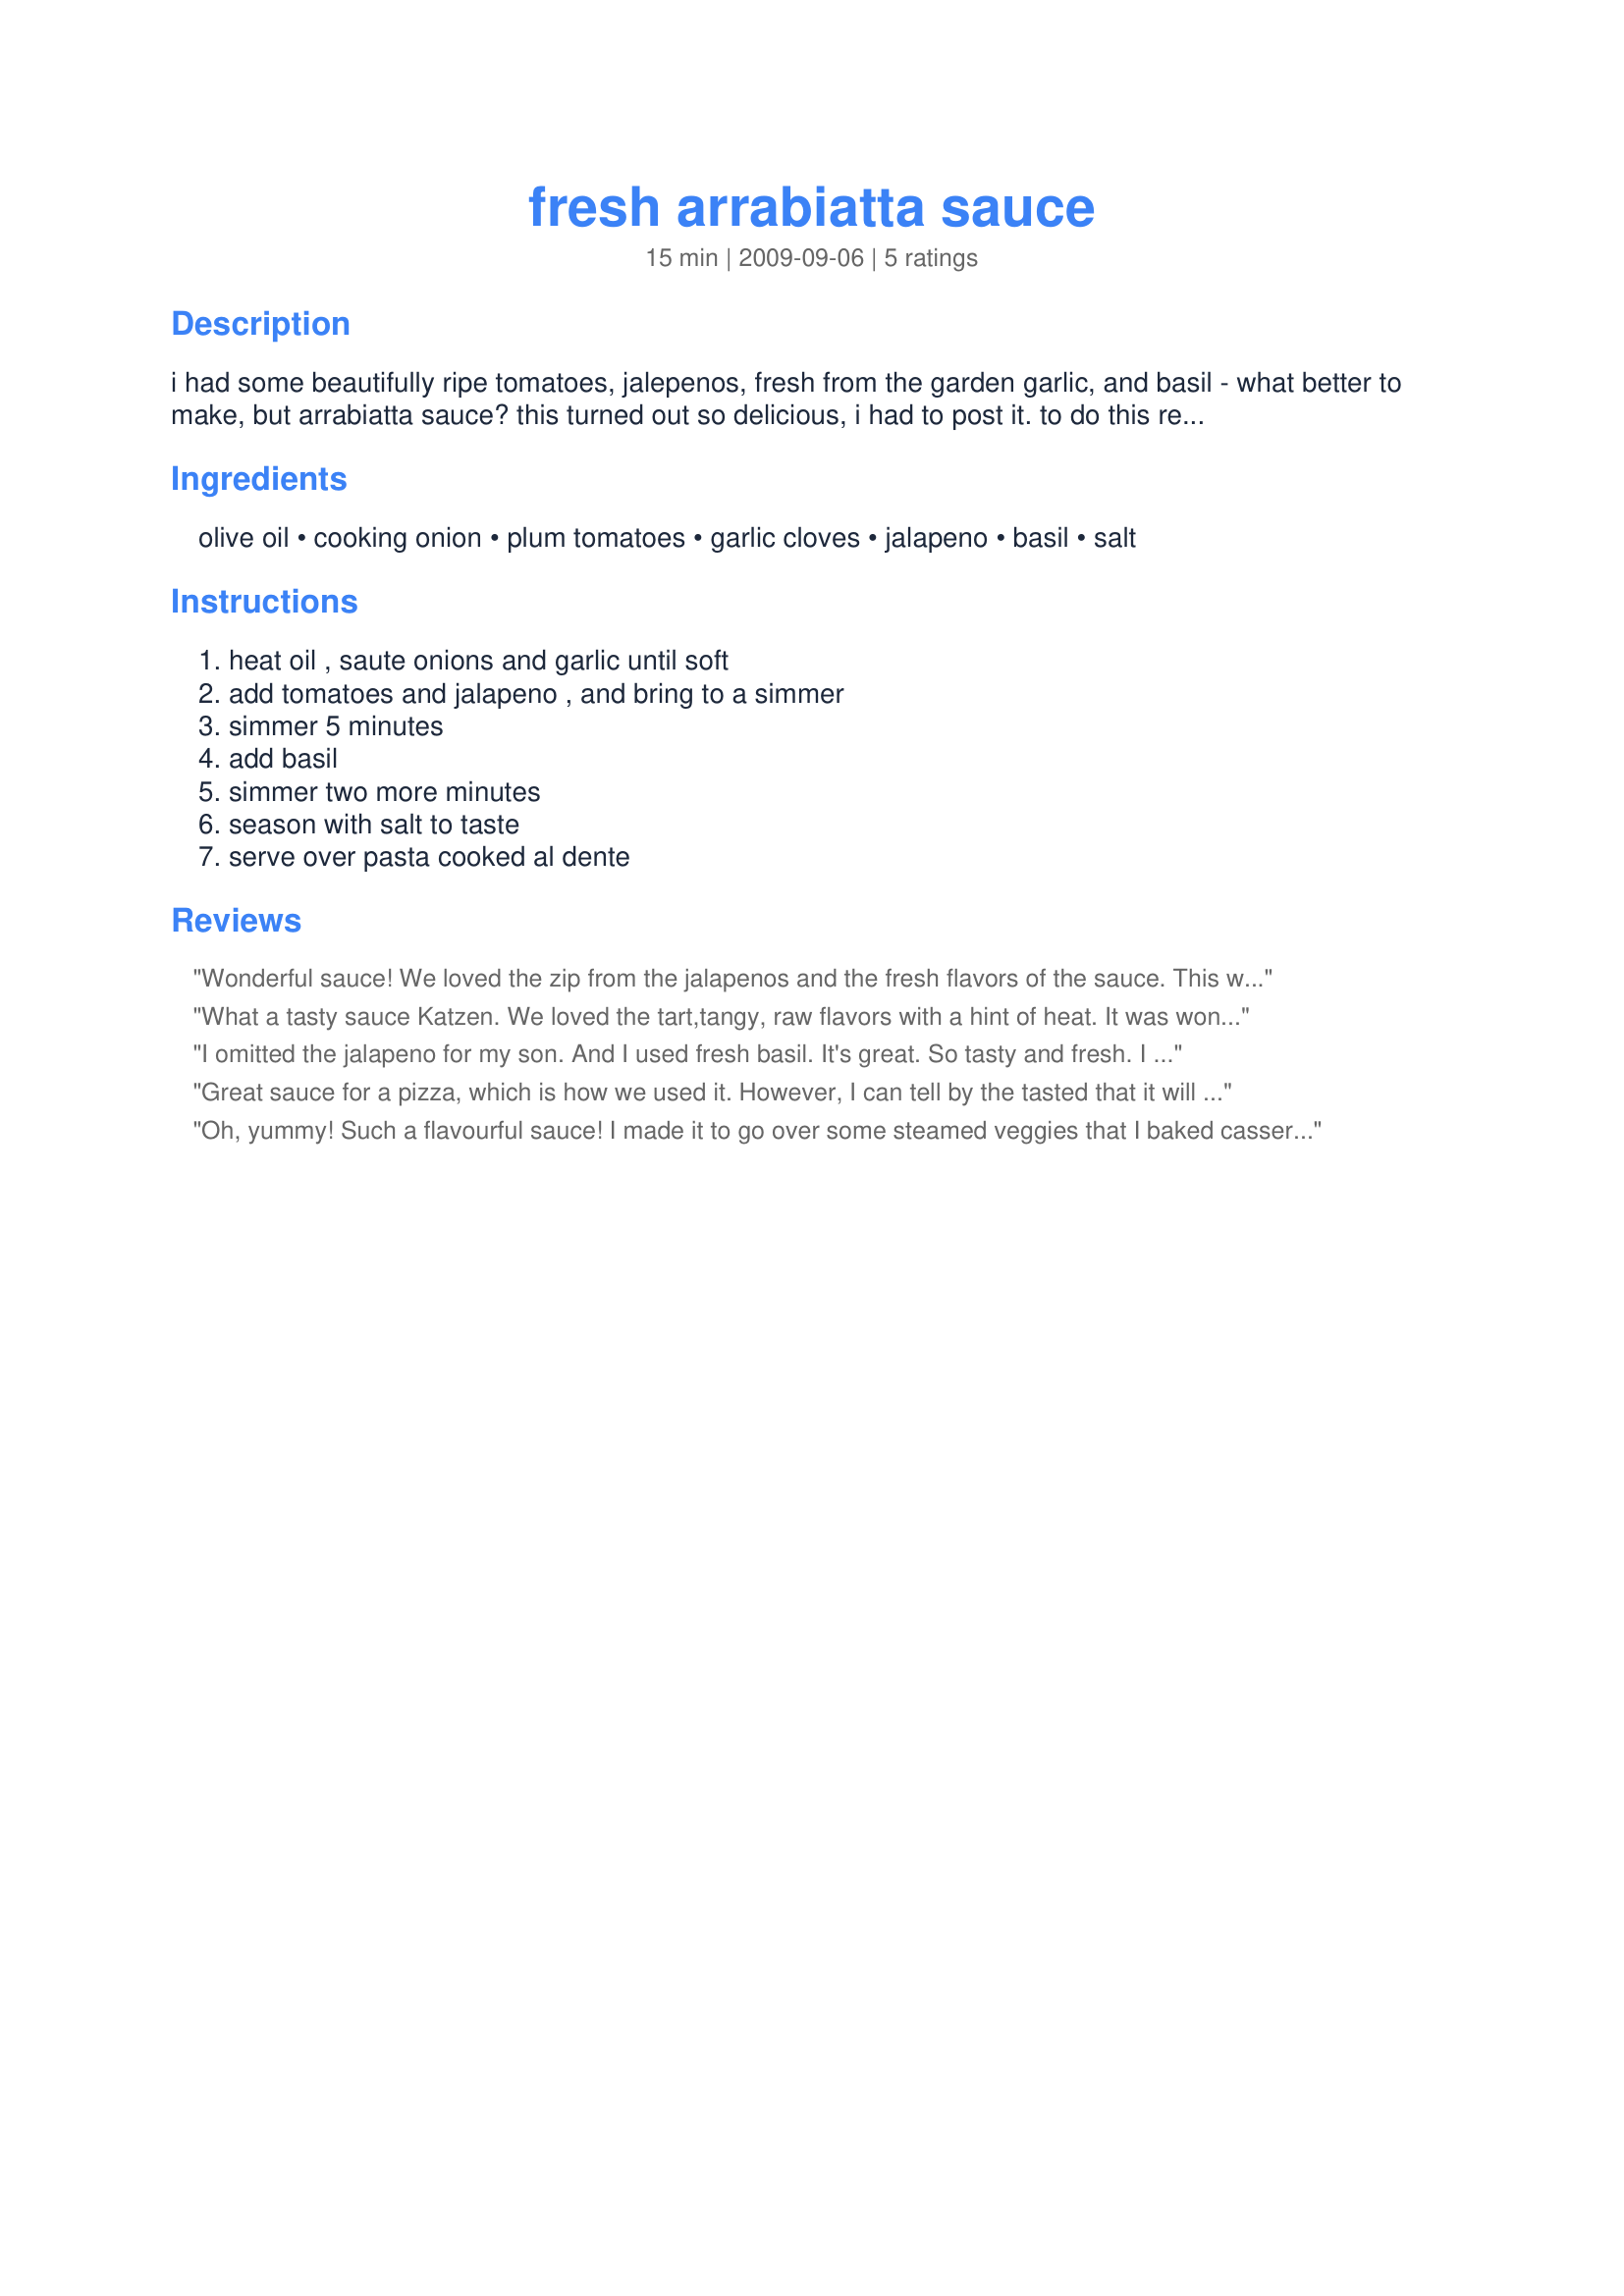
fresh arrabiatta sauce
Preparation time: 15 minutes

i had some beautifully ripe tomatoes, jalepenos, fresh from the garden garlic, and basil - what better to make, but arrabiatta sauce? this turned out so delicious, i had to post it. to do this recipe (or any fresh tomato sauce recipe) justice, use the best, ripe tomatoes - those pinky ones you get at the supermarket in the winter just won't do. i would substitute canned plum tomatoes in a pinch, but never unripe, hard, wannabe tomatoes!

Ingredients:
olive oil, cooking onion, plum tomatoes, garlic cloves, jalapeno, basil, salt

Steps:
heat oil , saute onions and garlic until soft, add tomatoes and jalapeno , and bring to a simmer, simmer 5 minutes, add basil, simmer two more minutes, season with salt to taste, serve over pasta cooked al dente

Reviews:
Wonderful sauce! We loved the zip from the jalapenos and the fresh flavors of the sauce. This was a marvelous way to use up the wonderful fresh veggies coming in from the garden now. Thanks for sharing! Veg*n Swap 25
What a tasty sauce Katzen. We loved the tart,tangy, raw flavors with a hint of heat. It was wonderful served over fusilli noodles and garnished with shredded parmesan cheese and recipe #186620 (Mom's Meatballs). What a great meal it made. The sauce was quick and easy to make with ingredients always found in the pantry. My dh is looking forward to the leftovers today for lunch, stated that it is a wonderful comfort food. Thank you so much for sharing, made for Best of 2010.
I omitted the jalapeno for my son. And I used fresh basil. It's great. So tasty and fresh. I served it with italian meatballs and pasta of course. Thanks Katzen :) Made for PRMR tag game
Great sauce for a pizza, which is how we used it. However, I can tell by the tasted that it will be spectacular as a sauce as well! I used canned tomatoes, but I can't wait til my garden tomatoes and jalapenos grow and I can make it with fresh produce! Thanks for posting! Made for Veg*n Swap May 2010!
Oh, yummy! Such a flavourful sauce! I made it to go over some steamed veggies that I baked casserole style. The garlic and chili add a nice heat, but are not overpowering the veggies. I think this sauce would be great with nearly every sort of pasta.<br/>THANK YOU SO MUCH for sharing yet another truly delish recipe with us, Kat!<br/>Made and reviewed for Veggie Swap #31 February 2011.
